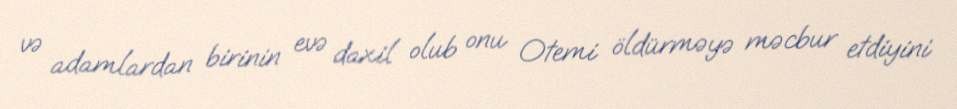
və adamlardan birinin evə daxil olub onu Otemi öldürməyə məcbur etdiyini